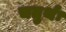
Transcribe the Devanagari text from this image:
चतुर्थः